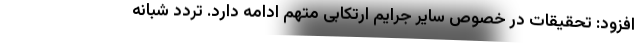
افزود: تحقیقات در خصوص سایر جرایم ارتکابی متهم ادامه دارد. تردد شبانه